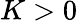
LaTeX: K>0